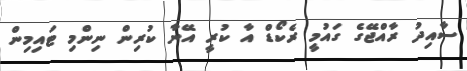
ސާއިދު ރާއްޖޭގެ ގައުމީ ރެކޯޑް އާ ކުރީ އޭނާ ކުރިން ނިންމި ޓައިމިން